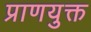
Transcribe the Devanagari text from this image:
प्राणयुक्त